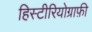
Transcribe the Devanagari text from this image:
हिस्टीरियोग्राफ़ी